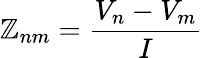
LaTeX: \mathbb{Z}_{nm}=\frac{{V_{n}-V_{m}}}{{I}}